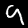
Label: 9